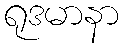
ရုဒမာနာ